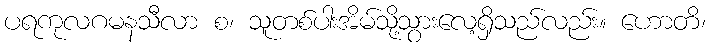
ပရကုလဂမနသီလာ စ၊ သူတစ်ပါးအိမ်သို့သွားလေ့ရှိသည်လည်း။ ဟောတိ၊